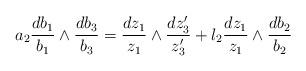
LaTeX: \begin{align*} a_2 \frac{d b_1}{b_1} \wedge \frac{d b_3}{b_3}=\frac{d z_1}{z_1} \wedge \frac{d z_3'}{z_3'} + l_2\frac{d z_1}{z_1} \wedge \frac{d b_2}{b_2}\end{align*}